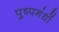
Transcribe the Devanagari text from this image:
पुष्पगंधों